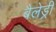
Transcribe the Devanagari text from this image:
बैलेड्री